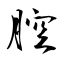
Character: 腔